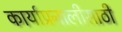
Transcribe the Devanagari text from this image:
कार्याप्रनालीसाठी